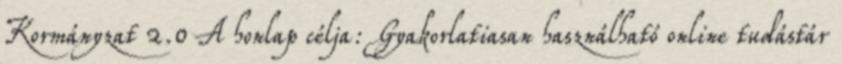
Kormányzat 2.0 A honlap célja: Gyakorlatiasan használható online tudástár